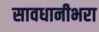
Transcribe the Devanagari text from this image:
सावधानीभरा